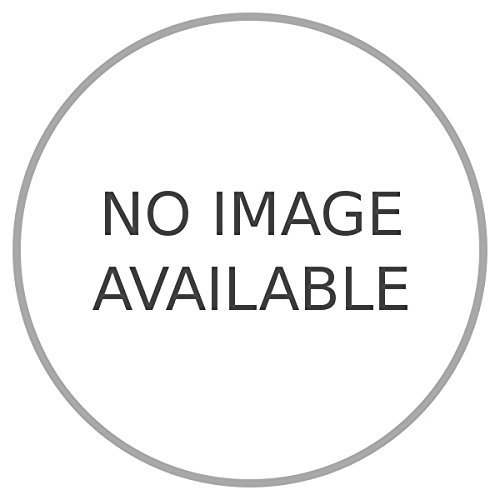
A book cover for In America per il Touring. El Salvador.; FAZIO Mario -; Travel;